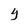
Character: Y